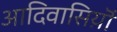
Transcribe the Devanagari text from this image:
आदिवासिय़ॊं